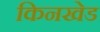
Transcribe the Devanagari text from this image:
किनखेड